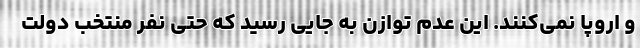
و اروپا نمی‌کنند. این عدم توازن به جایی رسید که حتی نفر منتخب دولت